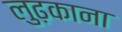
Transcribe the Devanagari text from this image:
लुढ़काना